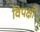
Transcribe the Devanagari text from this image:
विपक्षों